Vital statistics of India. Vol. IV, Annual returns from 1871 to 1876. British Army of India, Native Army and jails of Bengal
Year: 1871
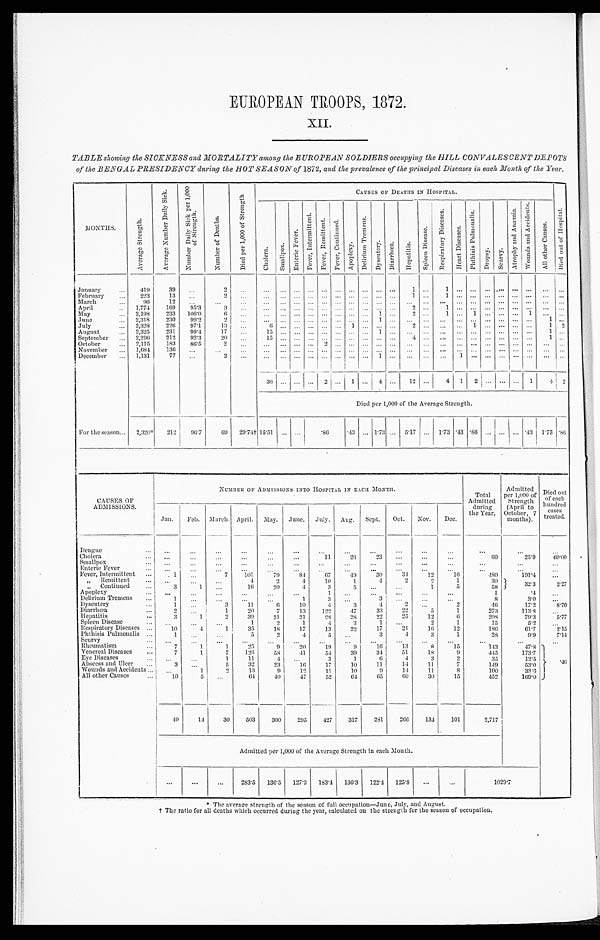
EUROPEAN TROOPS, 1872.
XII.
TABLE showing the SICKNESS and MORTALITY among the EUROPEAN SOLDIERS occupying the HILL CONVALESCENT DEPOTS
of the BENGAL PRESIDENCY during the HOT SEASON of 1872, and the prevalence of the principal Diseases in each Month of the Year.
MONTHS
.
A v e r a g e S t r e n g t h .
A v e r a g e N u m b e r D a i l y S i c k .
N u m b e r D a i l y S i c k p e r 1 , 0 0 0 o f S t r e n g t h .
N u m b e r o f D e a t h s .
D i e d p e r 1 , 0 0 0 o f S t r e n g t h .
CAUSES OF DEATHS IN HOSPITAL.
D i e d o u t o f H o s p i t a l .
C h o l e r a .
Smallpox.
E n t e r i c F e v e r .
F e v e r , I n t e r m i t t e n t . F e v e r , R e m i t t e n t .
F e v e r , C o n t i n u e d .
A p o p l e x y .
D e l i r i u m T r e m e n s .
D y s e n t e r y . D i a r r h œ a . H e p a t i t i s .
S p l e e n D i s e a s e s .
R e s p i r a t o r y D i s e a s e s .
H e a r t D i s e a s e s . P h t h i s i s P u l m o n a l i s .
Dropsy.
Scurvy.
A t r o p h y a n d A n æ m i a .
W o u n d s a n d A c c i d e n t s .
A l l o t h e r C a u s e s .
January
419
39
...
2 ...
...
... ...
...
... ... ... ... ... ...
1 ...
1
...............
... ... ...
February
223
13
...
2 ... ... ... ... ... ... ... ... ... ... ...
1 ...
1 ............ ... ...
... ...
March...
9 6
12
...
... ...
... ... ... ... ... ... ... ... ... ...
... ... ... ... ... ... ... ... ... ... ...
April
..
1,774
169
95.3
3 ...
...
... ... ... ... ... ... ... ... ...
2 ...
1 ......... ... ... ...
... ...
May
... 2,198
233
106.0
6 ... ... ... ... ... ... ... ... ... 1 ...
2 ...
1 ...
1 .........1 ... ...
June
2,318
230
99.2
2 ...
... ... ...... ... ... ... ...
1 ...... ...... ..................
1 ...
July
... 2,328
226
97.1
13 ...
6 ...............
1 ... ... ...
2 ...... ...
1 ... ... ... ...
1 2
August
... 2,325
231
99.4
17
...
15 ... ... ... ... ... ... ...
1 ...... ...... ..................
1 ...
September
2,296
212
92.3
20 ...
15 ... ... ... ... ... ... ... ... ...
4 ...... ............ ... ...
1 ...
October
... 2,115
183
86.5
2 ... ... .........2 .................. ...... ..................... ...
November
... 1,684
136
...
...
... ... ... ... ... ... ... ... ... ... ... ... ...... ... ... ... ... ... ...... ...
December
... 1,131
77
...
2
...
... ... ... ... ... ... ... ... 1 ...
... ......
1
............
...
... ...
36 ...... ...
2 ...
1 ...
4 ...
1 2
...
4 1
2 ... ... ... 1
4 2
Died per 1,000 of the Average Strength.
For the season... 2,320*
212
96.7
6 9 29.74† 15.51 ... ... .86
. 4 3 ... 1.73 ... 5.17 ... 1.73
. 4 3
. 8 6 ... ... ...
. 4 3 1.73
. 8 6
CAUSES OF
ADMISSIONS.
NUMBER OF ADMISSIONS INTO HOSPITAL IN EACH MONTH.
Total
Admitted
during
the Year.
Admitted
per 1,000 of
Strength
(April to
October, 7
months).
Died out
of each
hundred
cases
treated.
Jan.
Feb. March. April. May. June. July. Aug.
Sept.
Oct.
Nov.
Dec.
Dengue
...
... ... ... ... ... ... ... ... ... ... ... ... ...
...
...
Cholera ...
...
...
...
...
...
...
11
26
23
...
...
...
60
25.9
60.00
Smallpox...
...
...
...
...
...
...
...
...
...
...
...
...
...
...
...
Enteric Fever...
... ... ...
... ...
... ... ...
...
... ...
...
...
...
...
Fever, Intermittent ...
1 ...
7
101
79
8 4
67
4 9
30
34
12
16
480
191.4
...
„ Remittent
... ...
...
...
4
2
4
10
1
4
2
2
1
30
32.3
2.27
„ Continued
...
3
1 ...
16
20
4
3
5 ...
...
1
5
58
Apoplexy ...
...
...
...
...
... ...
1 ...
...
... ...
...
1
.4 ...
Delirium Tremens
...
1
. . ....
... ...
1
3 ...
3 ...
...
...
8
3.0
...
Dysentery...
1 ...
3
11
6
10
4
3
4
2 ...
2
46
17.2
8.70
Diarrhœa
...
2 ...
1
20
7
13
122
47
33
2 2
5
1
273
113.8 ...
Hepatitis
...
3
1
2
39
21
21
28
28
22
25
12
6
208
79.3
5.77
Spleen Disease ...
...
. . . ...
1
2
1
4
3
1
. . .
2
1
15
5.2 ...
Respiratory Diseases ...
10
4
1
35
18
17
13
22
17
21
16
12
186
61.7
2.15
Phthisis Pulmonalis ...
1
... ...
5
2
4
5 ...
3
4
3
1
28
9.9
7.14
Scurvy ... ... ... ... ... ... ... ... ... ...
... ...
... ...
...
...
Rheumatism ...
7
1
1
25
9
20
1 9
9
16
13
8
15
143
47.8
. 4 6
Venereal Diseases
...
7
1
7
126
58
41
54
39
34
51
18
9
445
173.7
Eye Diseases ...
. . . ...
1
11
4
. . .
3
1
6
4
3
2
35
12.5
Abscess and Ulcer
...
3
. . .
5
32
23
16
17
10
11
14
11
7
149
53.0
Wounds and Accidents ...
. . .
1
2
13
9
12
11
10
9
14
11
8
100
33.6
All other Causes
...
10
5
. . .
64
40
47
52
64
65
60
30
15
452
169.0
49
14
30
503
300
295
427
317
281
266
134
101
2,717
Admitted per 1,000 of the Average Strength in each Month.
...
...
...
283.5 136.5 127.3 183.4 136.3 122.4 125.8 ...
...
1029.7
* The average strength of the season of full occupation—June, July, and August.
† The ratio for all deaths which occurred during the year, calculated on the strength for the season of occupation.